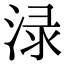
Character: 渌